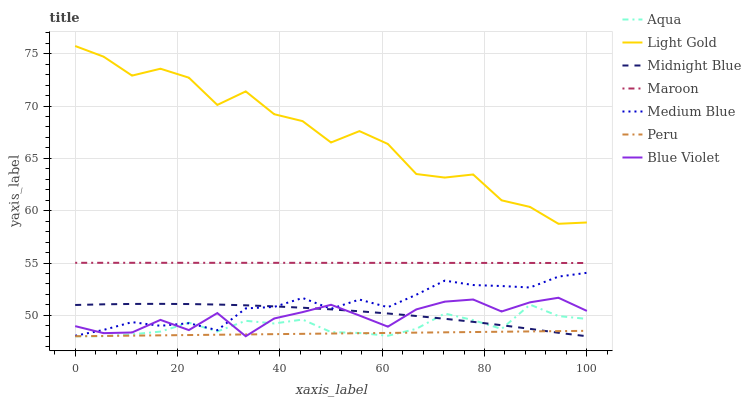
| xaxis_label | Aqua | Light Gold | Midnight Blue | Maroon | Medium Blue | Peru | Blue Violet |
 | --- | --- | --- | --- | --- | --- | --- | --- |
 | 0 | 48 | 75.7 | 51 | 55 | 48 | 48 | 49 |
 | 5.56 | 48 | 74.7 | 51.1 | 55 | 48.6 | 48 | 48.3 |
 | 11.1 | 48.2 | 72.9 | 51.1 | 55 | 49.3 | 48.1 | 48.4 |
 | 16.7 | 48.4 | 73.6 | 51.1 | 55 | 49 | 48.1 | 49.6 |
 | 22.2 | 49.3 | 72.7 | 51.1 | 55 | 49.2 | 48.1 | 48.6 |
 | 27.8 | 48.5 | 70.1 | 51 | 55 | 48.6 | 48.1 | 50.2 |
 | 33.3 | 49.5 | 71.4 | 51 | 55 | 50.7 | 48.2 | 48 |
 | 38.9 | 49.2 | 69.2 | 50.9 | 55 | 50.8 | 48.2 | 49.7 |
 | 44.4 | 49.6 | 68.6 | 50.7 | 55 | 51.7 | 48.2 | 50.3 |
 | 50 | 48.4 | 66.5 | 50.6 | 55 | 50.6 | 48.3 | 51 |
 | 55.6 | 48.3 | 67.6 | 50.4 | 55 | 51.5 | 48.3 | 50 |
 | 61.1 | 48 | 66.4 | 50.2 | 55 | 50.8 | 48.3 | 48.9 |
 | 66.7 | 48.7 | 63.5 | 49.9 | 55 | 52 | 48.3 | 50.6 |
 | 72.2 | 50.2 | 63.2 | 49.7 | 55 | 53.3 | 48.4 | 51.3 |
 | 77.8 | 49.5 | 63.5 | 49.4 | 55 | 52.9 | 48.4 | 51.5 |
 | 83.3 | 48.7 | 61 | 49.1 | 55 | 52.8 | 48.4 | 50.4 |
 | 88.9 | 51 | 60.4 | 48.7 | 55 | 52.7 | 48.5 | 51.2 |
 | 94.4 | 49.9 | 58.7 | 48.3 | 55 | 53.7 | 48.5 | 51.7 |
 | 100 | 49.7 | 58.9 | 48 | 55 | 54.1 | 48.5 | 50.4 |